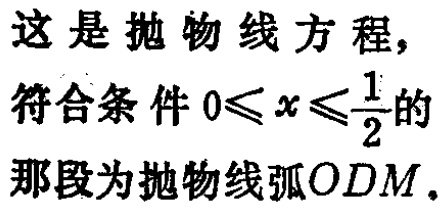
这是抛物线方程，
符合条件 \(0\leqslant x\leqslant\frac{1}{2}\) 的
那段为抛物线弧 \(ODM\)。